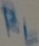
Text: RL